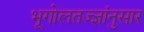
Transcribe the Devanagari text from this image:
भूगोलतज्ज्ञांनुसार